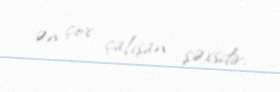
ən çox çalışan şəxsdir.